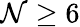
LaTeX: \mathcal{N}\ge6